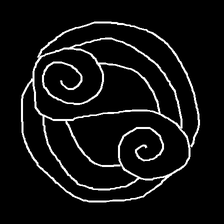
Glyph: wind-underfoot